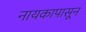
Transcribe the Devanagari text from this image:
नायकापासून